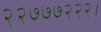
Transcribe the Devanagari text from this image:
२२७७७२२२।